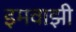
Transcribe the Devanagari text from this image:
इमवाझी